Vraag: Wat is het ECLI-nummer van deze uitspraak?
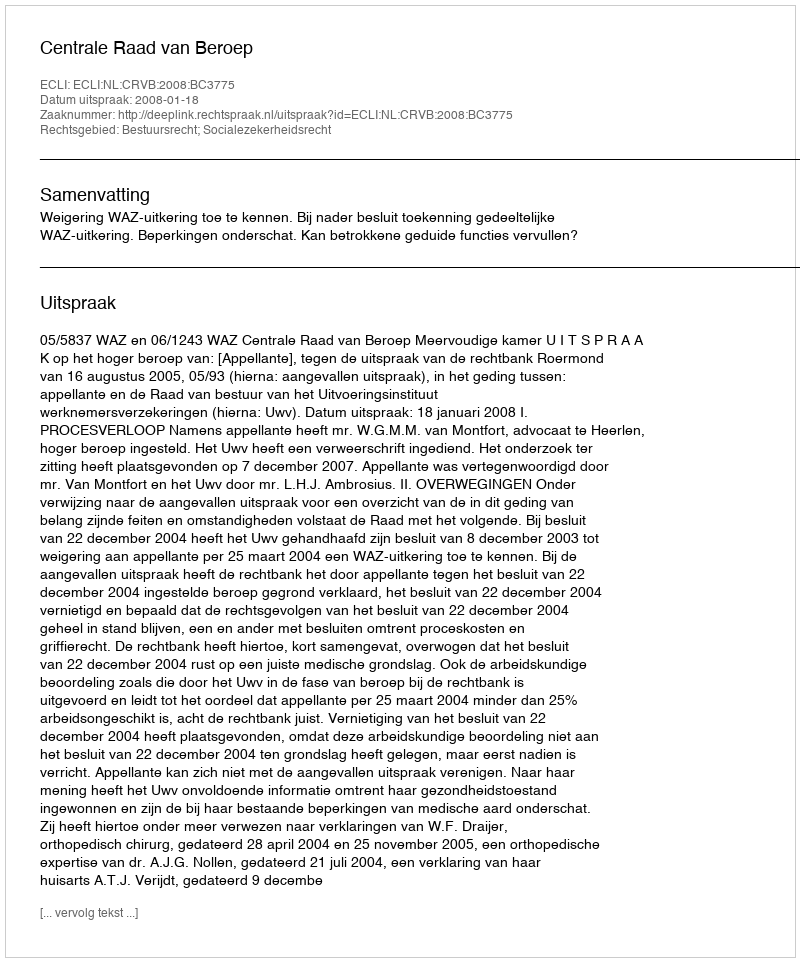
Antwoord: ECLI:NL:CRVB:2008:BC3775